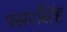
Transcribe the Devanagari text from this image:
पसरसिंह